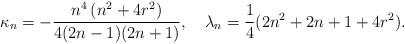
LaTeX: \begin{align*}\kappa_n= -\frac{n^4\left(n^2 + 4 r^2\right)}{4 (2 n - 1) (2 n + 1)},\quad\lambda_n=\frac 14 (2 n^2 + 2 n + 1 + 4 r^2).\end{align*}